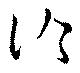
洽